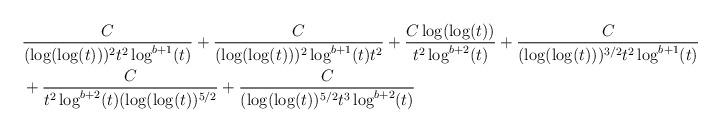
LaTeX: \begin{align*} &\frac{C}{(\log(\log(t)))^{2} t^{2}\log^{b+1}(t)} + \frac{C}{(\log(\log(t)))^{2} \log^{b+1}(t) t^{2}} + \frac{C \log(\log(t))}{t^{2}\log^{b+2}(t)}+ \frac{C}{(\log(\log(t)))^{3/2} t^{2}\log^{b+1}(t)} \\&+ \frac{C}{t^{2}\log^{b+2}(t) (\log(\log(t))^{5/2}} + \frac{C}{(\log(\log(t))^{5/2} t^{3}\log^{b+2}(t)}\end{align*}